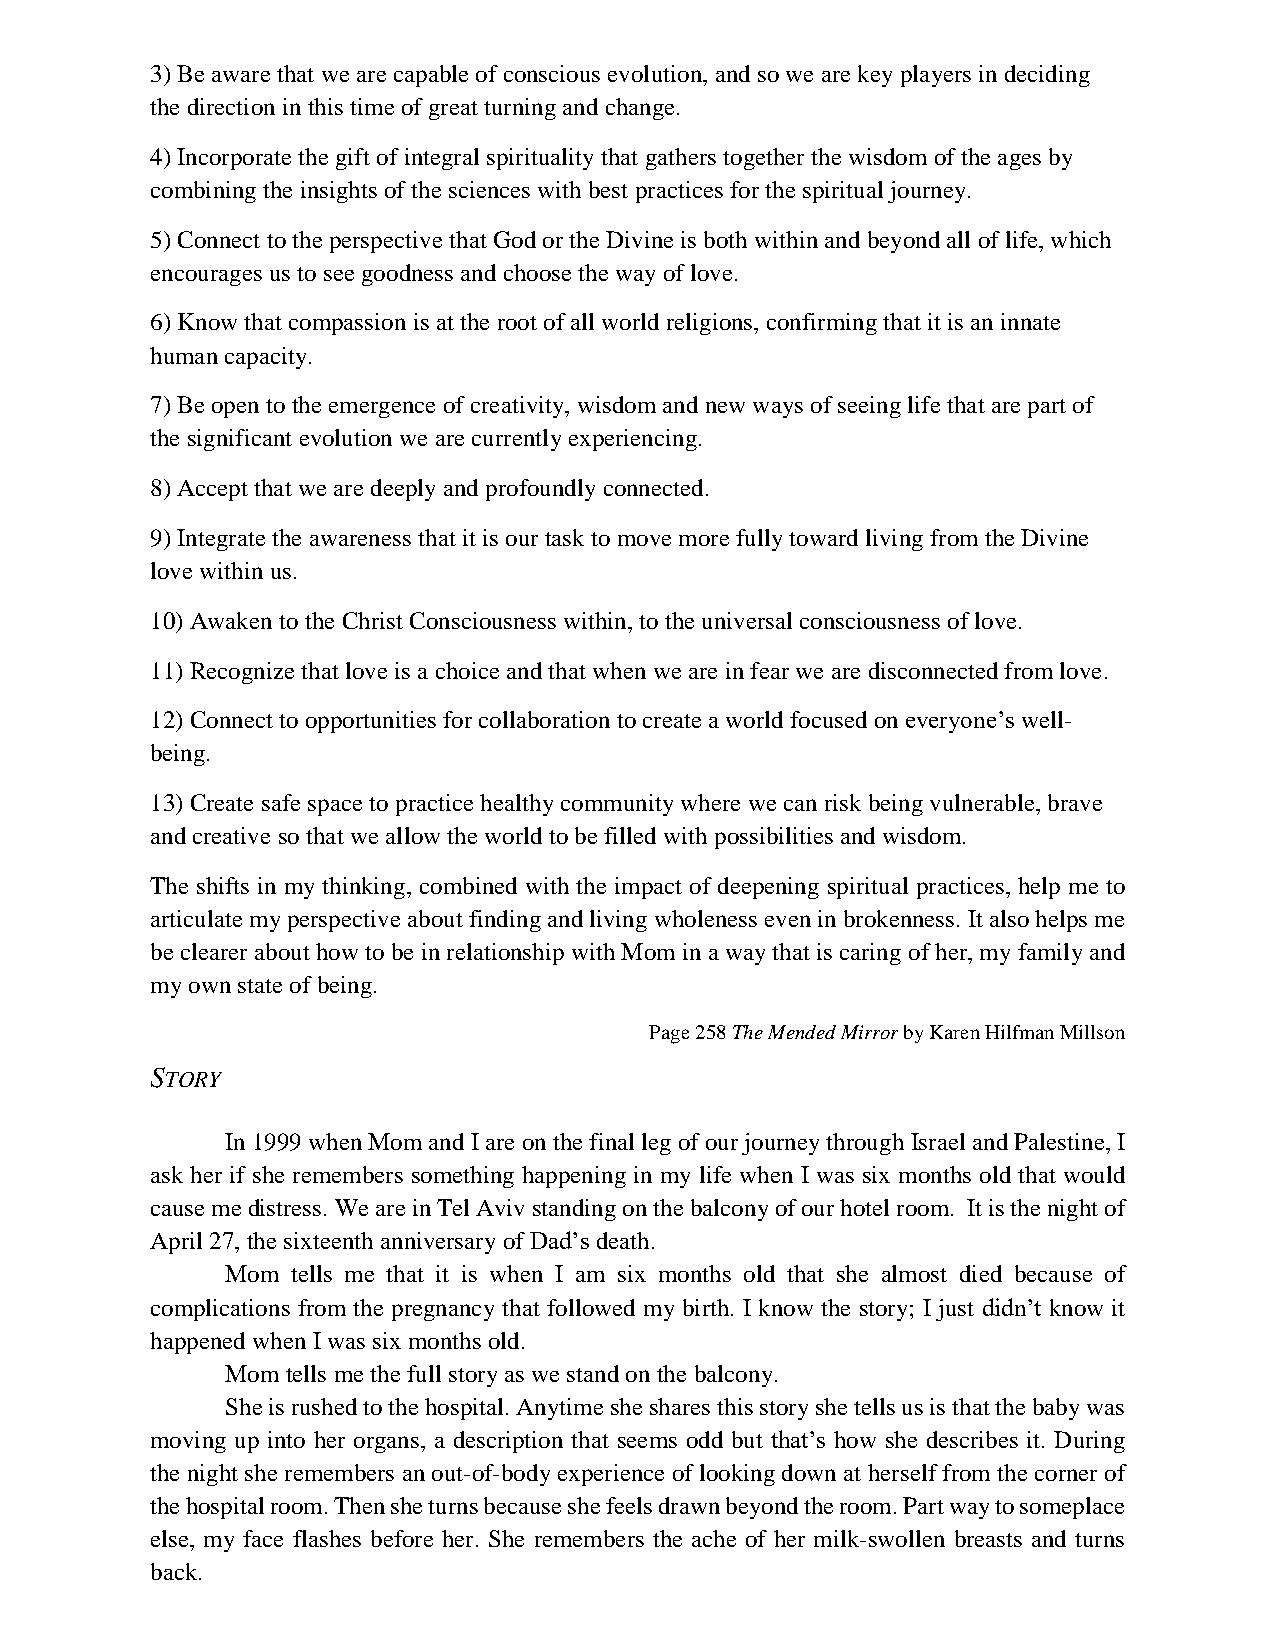
3) Be aware that we are capable of conscious evolution, and so we are key players in deciding
 the direction in this time of great turning and change.
 4) Incorporate the gift of integral spirituality that gathers together the wisdom of the ages by
 combining the insights of the sciences with best practices for the spiritual journey.
 5) Connect to the perspective that God or the Divine is both within and beyond all of life, which
 encourages us to see goodness and choose the way of love.
 6) Know that compassion is at the root of all world religions, confirming that it is an innate
 human capacity.
 7) Be open to the emergence of creativity, wisdom and new ways of seeing life that are part of
 the significant evolution we are currently experiencing.
 8) Accept that we are deeply and profoundly connected.
 9) Integrate the awareness that it is our task to move more fully toward living from the Divine
 love within us.
 10) Awaken to the Christ Consciousness within, to the universal consciousness of love.
 11) Recognize that love is a choice and that when we are in fear we are disconnected from love.
 12) Connect to opportunities for collaboration to create a world focused on everyone’s well-
 being.
 13) Create safe space to practice healthy community where we can risk being vulnerable, brave
 and creative so that we allow the world to be filled with possibilities and wisdom.
 The shifts in my thinking, combined with the impact of deepening spiritual practices, help me to
 articulate my perspective about finding and living wholeness even in brokenness. It also helps me
 be clearer about how to be in relationship with Mom in a way that is caring of her, my family and
 my own state of being.
 Page 258 The Mended Mirror by Karen Hilfman Millson
 STORY
 In 1999 when Mom and I are on the final leg of our journey through Israel and Palestine, I
 ask her if she remembers something happening in my life when I was six months old that would
 cause me distress. We are in Tel Aviv standing on the balcony of our hotel room. It is the night of
 April 27, the sixteenth anniversary of Dad’s death.
 Mom tells me that it is when I am six months old that she almost died because of
 complications from the pregnancy that followed my birth. I know the story; I just didn’t know it
 happened when I was six months old.
 Mom tells me the full story as we stand on the balcony.
 She is rushed to the hospital. Anytime she shares this story she tells us is that the baby was
 moving up into her organs, a description that seems odd but that’s how she describes it. During
 the night she remembers an out-of-body experience of looking down at herself from the corner of
 the hospital room. Then she turns because she feels drawn beyond the room. Part way to someplace
 else, my face flashes before her. She remembers the ache of her milk-swollen breasts and turns
 back.